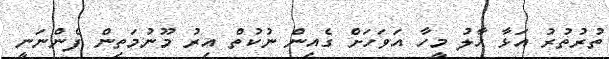
ތުރުތުރު އަޅާ ހާލު މީހާ އަވަހަށް ގެއިން ނުކުތް އިރު މޫނުމަތިން ފެންނަނީ